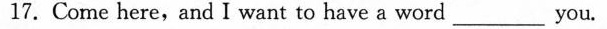
17. Come here, and I want to have a word___you.